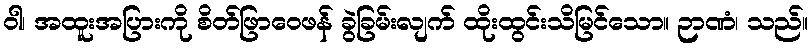
ဝါ၊ အထူးအပြားကို စိတ်ဖြာဝေဖန် ခွဲခြမ်းလျက် ထိုးထွင်းသိမြင်သော။ ဉာဏံ၊ သည်။